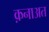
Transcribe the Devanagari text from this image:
क़नाअत